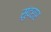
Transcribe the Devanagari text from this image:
सुंदरार